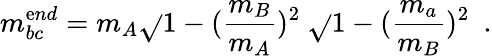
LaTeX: m_{bc}^{\mathrm{e}nd}=m_{A}\sqrt{}{{1-(\frac{{m_{B}}}{{m_{A}}})^{2}}}\ \sqrt{}{{1-(\frac{{m_{a}}}{{m_{B}}})^{2}}}\mathrm{{\ \ .}}